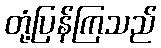
တုံ့ပြန်ကြသည်